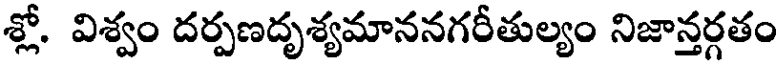
శ్లో. విశ్వం దర్పణదృశ్యమాననగరీతుల్యం నిజాన్తర్గతం